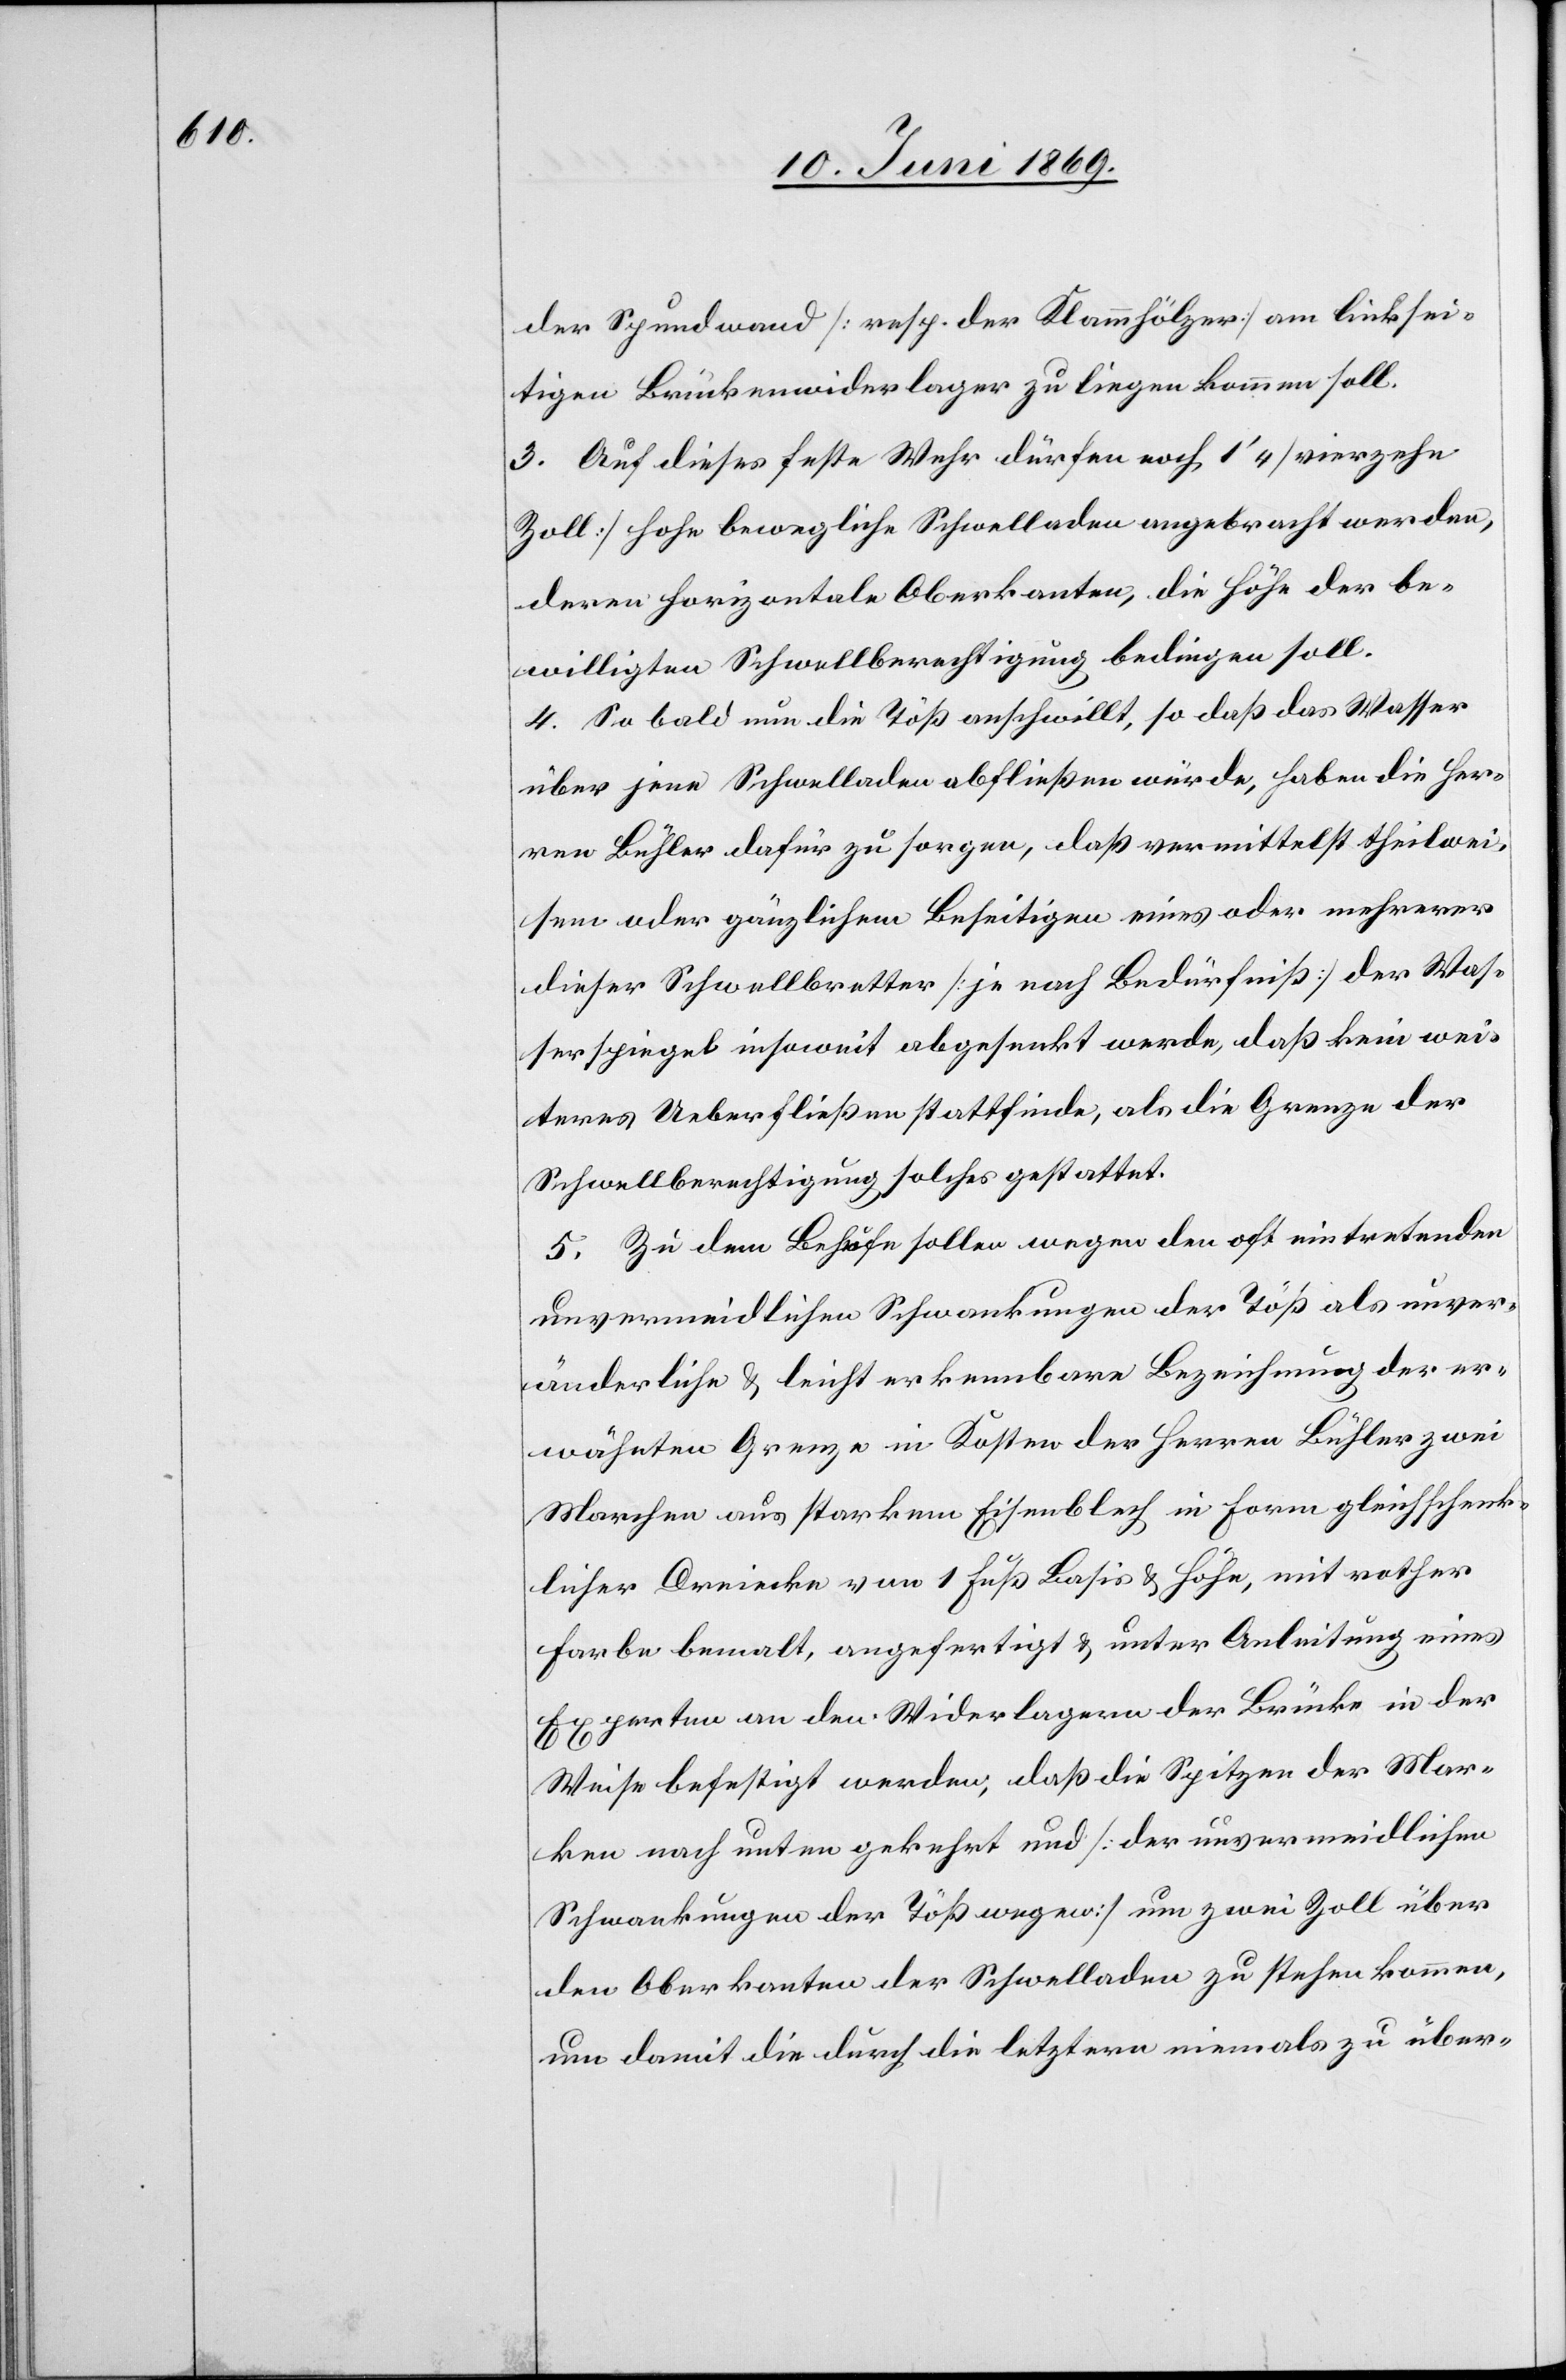
der Spundwand [resp. der Klammhölzer] am linksei¬
tigen Brückenwiderlager zu liegen kommen soll.
3. Auf dieses feste Wehr dürfen noch 14‘ [vierzehn
Zoll] hohe bewegliche Schwelladen angebracht werden,
deren horizontale Oberkanten, die Höhe der be¬
willigten Schwellberechtigung bedingen soll.
4. So bald nun die Töß anschwillt, so daß das Wasser
über jene Schwelladen abfliessen würde, haben die Her¬
ren Bühler dafür zu sorgen, daß vermittelst theilwei¬
sem oder gänzlichem Beseitigen eines oder mehrerer
dieser Schwellbretter [je nach Bedürfniß] der Was¬
serspiegel insoweit abgesenkt werde, daß kein wei¬
teres Ueberfließen stattfinde, als die Grenze der
Schwellberechtigung solches gestattet.
5. Zu dem Behufe sollen wegen den oft eintretenden
unvermeidlichen Schwankungen der Töß als unver¬
änderliche u. leicht erkennbare Bezeichnung der er¬
wähnten Grenze in Kosten der Herren Bühler zwei
Marchen aus starkem Eisenblech in Form gleichschenk¬
licher Dreiecke von 1 Fuß Basis u. Höhe, mit rother
Farbe bemalt, angefertigt u. unter Anleitung eines
Experten an den Widerlagern der Brücke in der
Weise befestigt werden, daß die Spitzen der Mar¬
ken nach unten gekehrt und [der unvermeidlichen
Schwankungen der Töß wegen] um zwei Zoll über
den Oberkanten der Schwelladen zu stehen kommen,
um damit die durch die letztern niemals zu über-